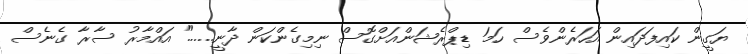
ޔަގީން ކައިފަދައިން އަހަރެންވެސް ހަމަ ޑިޕްރެޝަންއަށްގޮސް ނިމިގެންކަން ދާނީ......" އައްމާރު ސާރާ ގެނެސް